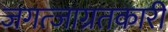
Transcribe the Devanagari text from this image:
जगत्जाग्रतकारी